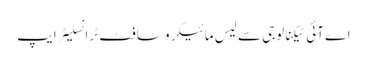
اے آئی ٹیکنالوجی سے لیس مائیکرو سافٹ ٹرانسلیٹر ایپ